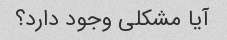
آیا مشکلی وجود دارد؟